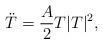
LaTeX: \begin{align*}\ddot T = \frac{A}{2} T |T|^2 , \end{align*}